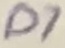
Text: D7